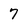
Character: 7